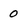
Character: 0